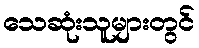
သေဆုံးသူများတွင်